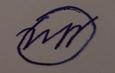
Signature authenticity: forged